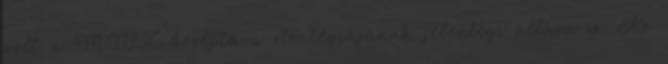
volt a MISZ középtávú stratégiájának jelenlegi állása is. Az